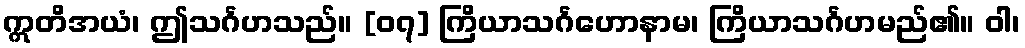
ဣတိအယံ၊ ဤသင်္ဂဟသည်။ [၀၇] ကြိယာသင်္ဂဟောနာမ၊ ကြိယာသင်္ဂဟမည်၏။ ဝါ၊